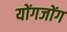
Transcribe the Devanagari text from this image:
योंगजोंग